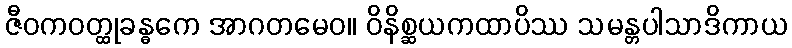
ဇီဝကဝတ္ထုခန္ဓကေ အာဂတမေဝ။ ဝိနိစ္ဆယကထာပိဿ သမန္တပါသာဒိကာယ